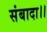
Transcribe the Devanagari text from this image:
संबादा।।